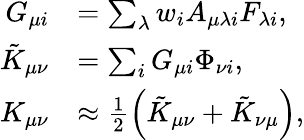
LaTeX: \begin{array}{rl}{G_{\mu i}}&{=\sum_{\lambda}w_{i}A_{\mu\lambda i}F_{\lambda i},}\\ {\tilde{K}_{\mu\nu}}&{=\sum_{i}G_{\mu i}\Phi_{\nu i},}\\ {K_{\mu\nu}}&{\approx\frac{1}{2}\left(\tilde{K}_{\mu\nu}+\tilde{K}_{\nu\mu}\right),}\end{array}